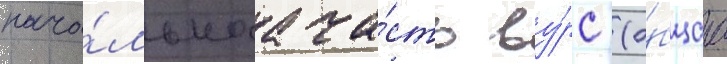
нача́льнаа ча́сть ву́рс (о́бщаа